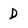
Character: D